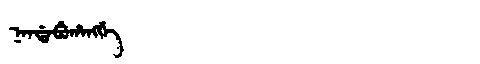
Manchu: ᠨᠠᠨᡩᠠᠪᡠᡥᠠᠩᡤᡝ
Romanization: NANDABUHANGGE